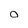
Character: 0